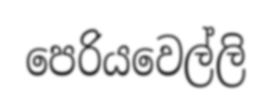
පෙරියවෙල්ලි